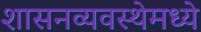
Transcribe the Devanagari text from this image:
शासनव्यवस्थेमध्ये